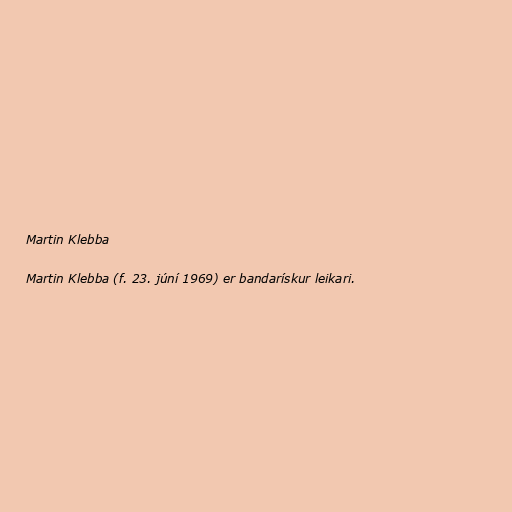
Martin Klebba

Martin Klebba (f. 23. júní 1969) er bandarískur leikari.